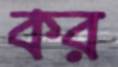
কর